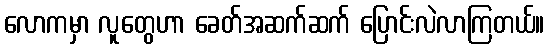
လောကမှာ လူတွေဟာ ခေတ်အဆက်ဆက် ပြောင်းလဲလာကြတယ်။